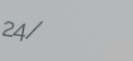
24/7